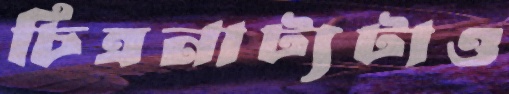
চিত্রনাট্যটাও